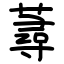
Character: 蕁